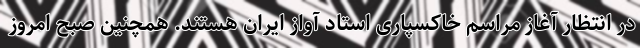
در انتظار آغاز مراسم خاکسپاری استاد آواز ایران هستند. همچنین صبح امروز